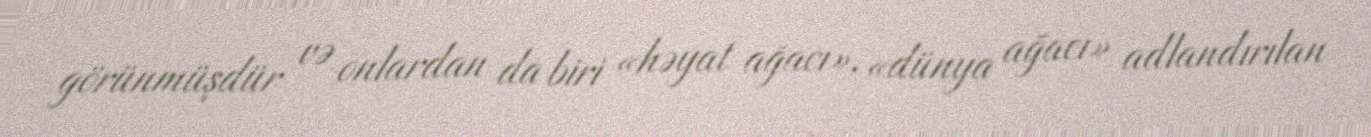
görünmüşdür və onlardan da biri «həyat ağacı», «dünya ağacı» adlandırılan